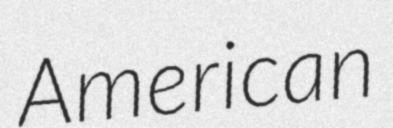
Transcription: American